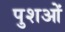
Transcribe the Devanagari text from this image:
पुशओं